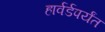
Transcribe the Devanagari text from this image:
हार्वर्डपर्यंत